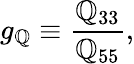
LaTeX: g_{\mathbb{Q}}\equiv\frac{{\mathbb{Q}_{33}}}{{\mathbb{Q}_{55}}},